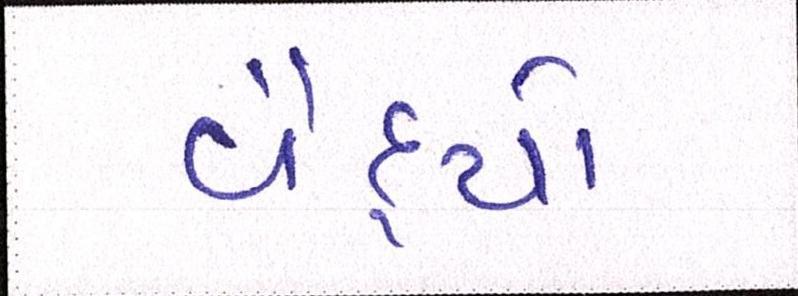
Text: વૈદ્યો